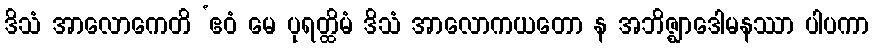
ဒိသံ အာလောကေတိ ‘ဧဝံ မေ ပုရတ္ထိမံ ဒိသံ အာလောကယတော န အဘိဇ္ဈာဒေါမနဿာ ပါပကာ